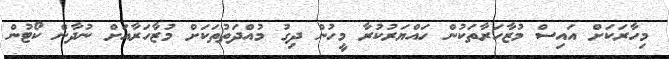
މިހާރަކަށް އައިސް މުޒާހަރާތަކުން ހައްޔަރުކުރާ މީހުން ދިގު މުއްދަތުތަކަށް މުޒާހަރާއަށް ނުދާން ކޯޓުން